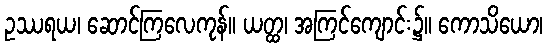
ဥဿရယ၊ ဆောင်ကြလေကုန်။ ယတ္ထ၊ အကြင်ကျောင်း၌။ ကောသိယော၊